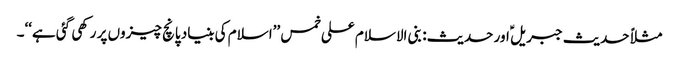
مثلاً حدیث جبریل ؑ اور حدیث: بنی الاسلام علی خمس ’’اسلام کی بنیاد پانچ چیزوں پر رکھی گئی ہے‘‘۔